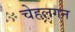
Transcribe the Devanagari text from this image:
चेहलगन